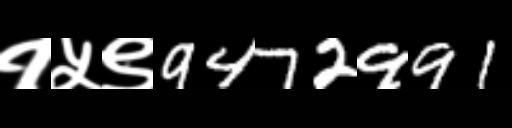
Text: १५९9472991